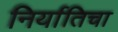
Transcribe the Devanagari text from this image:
निर्यातिचा